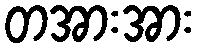
တအားအား